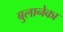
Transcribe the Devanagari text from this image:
बुलानेका